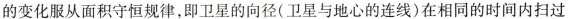
的变化服从面积守恒规律，即卫星的向径(卫星与地心的连线)在相同的时间内扫过